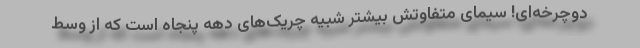
دوچرخه‌ای! سیمای متفاوتش بیشتر شبیه چریک‌های دهه پنجاه است که از وسط